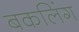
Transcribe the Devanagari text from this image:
बकलिंग